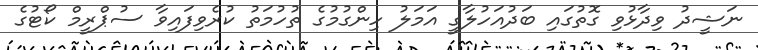
ނަޝީދު ވިދާޅުވި ގޮތުގައި ބަދުއަހުލާގީ އަމަލު ހިންގުމުގެ ތުހުމަތު ކުރެވިފައިވާ ސުޕްރީމް ކޯޓުގެ